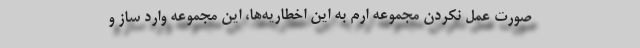
صورت عمل نکردن مجموعه ارم به این اخطاریه‌ها، این مجموعه وارد ساز و